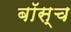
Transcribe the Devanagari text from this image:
बॉस्च